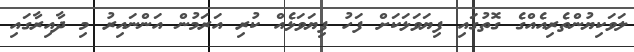
ލަވަކިޔުންތެރިއެއްގެ ގޮތުގައި ފިޔަވަޅަކަށް ފަހު ފިޔަވަޅެއް ކުރި އަރަމުން އަންނައިރު މި ދާއިރާގައި